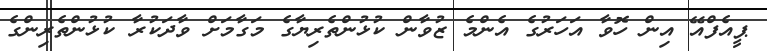
ޕީއެފްއޭ އިން ހޮވާ އަހަރުގެ އެންމެ ޒުވާން ކުޅުންތެރިޔާގެ މަގާމަށް ވާދަކުރާ ކުޅުންތެރިންގެ